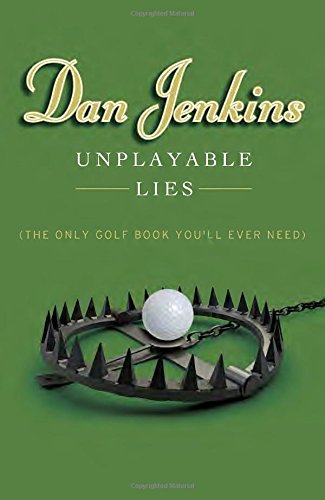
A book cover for Unplayable Lies: (The Only Golf Book You'll Ever Need); Dan Jenkins; Humor & Entertainment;